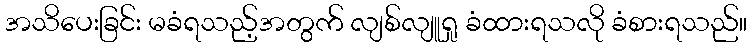
အသိပေးခြင်း မခံရသည့်အတွက် လျစ်လျူရှု ခံထားရသလို ခံစားရသည်။